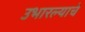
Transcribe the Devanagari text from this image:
उभारल्याचे